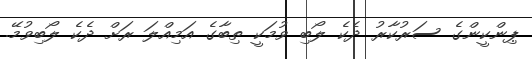
ޕިންކީންގެ ސަރުކާރު ދެކެ ލޯބި ވުމަކީ ތިބާގެ އަމިއްލަ ރަށް ދެކެ ލޯބިވުމޭ.